Civil Veterinary Department Bihar & Orissa reports 1929-36 - 1929-1936
Year: 1929
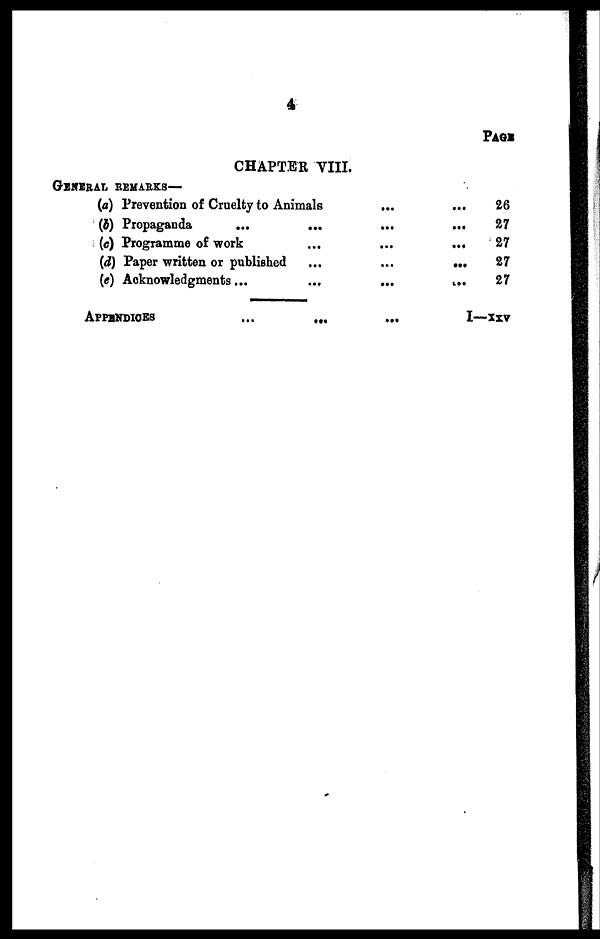
4
CHAPTER VIII.
GENERAL REMARKS—
(a) Prevention of Cruelty to Animals
... ...
(b) Propaganda
...
... ... ...
(c) Programme of work
...
...
...
(d) Paper written or published
...
...
...
(e) Acknowledgments ...
...
...
...
APPENDICES
...
... ...
PAGE
26
27
27
27
27
I—xxv